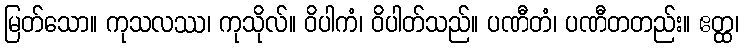
မြတ်သော။ ကုသလဿ၊ ကုသိုလ်။ ဝိပါကံ၊ ဝိပါတ်သည်။ ပဏီတံ၊ ပဏီတတည်း။ ဧတ္ထ၊